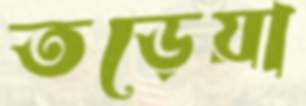
তড়েয়া